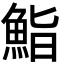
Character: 鮨